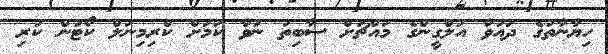
ހިޔާނާތުގެ ދައުވާ އަލްގީންގެ މައްޗަށް ސާބިތު ނުވާ ކަމަށް ކްރިމިނަލް ކޯޓުން ކުރި